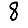
Digit: 8